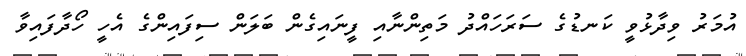
އުމަރު ވިދާޅުވީ ކަނޑުގެ ސަރަހައްދު މަތިންނާއި ފީނައިގެން ބަލަން ސިފައިންގެ އެހީ ހޯދާފައިވާ